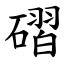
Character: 磖